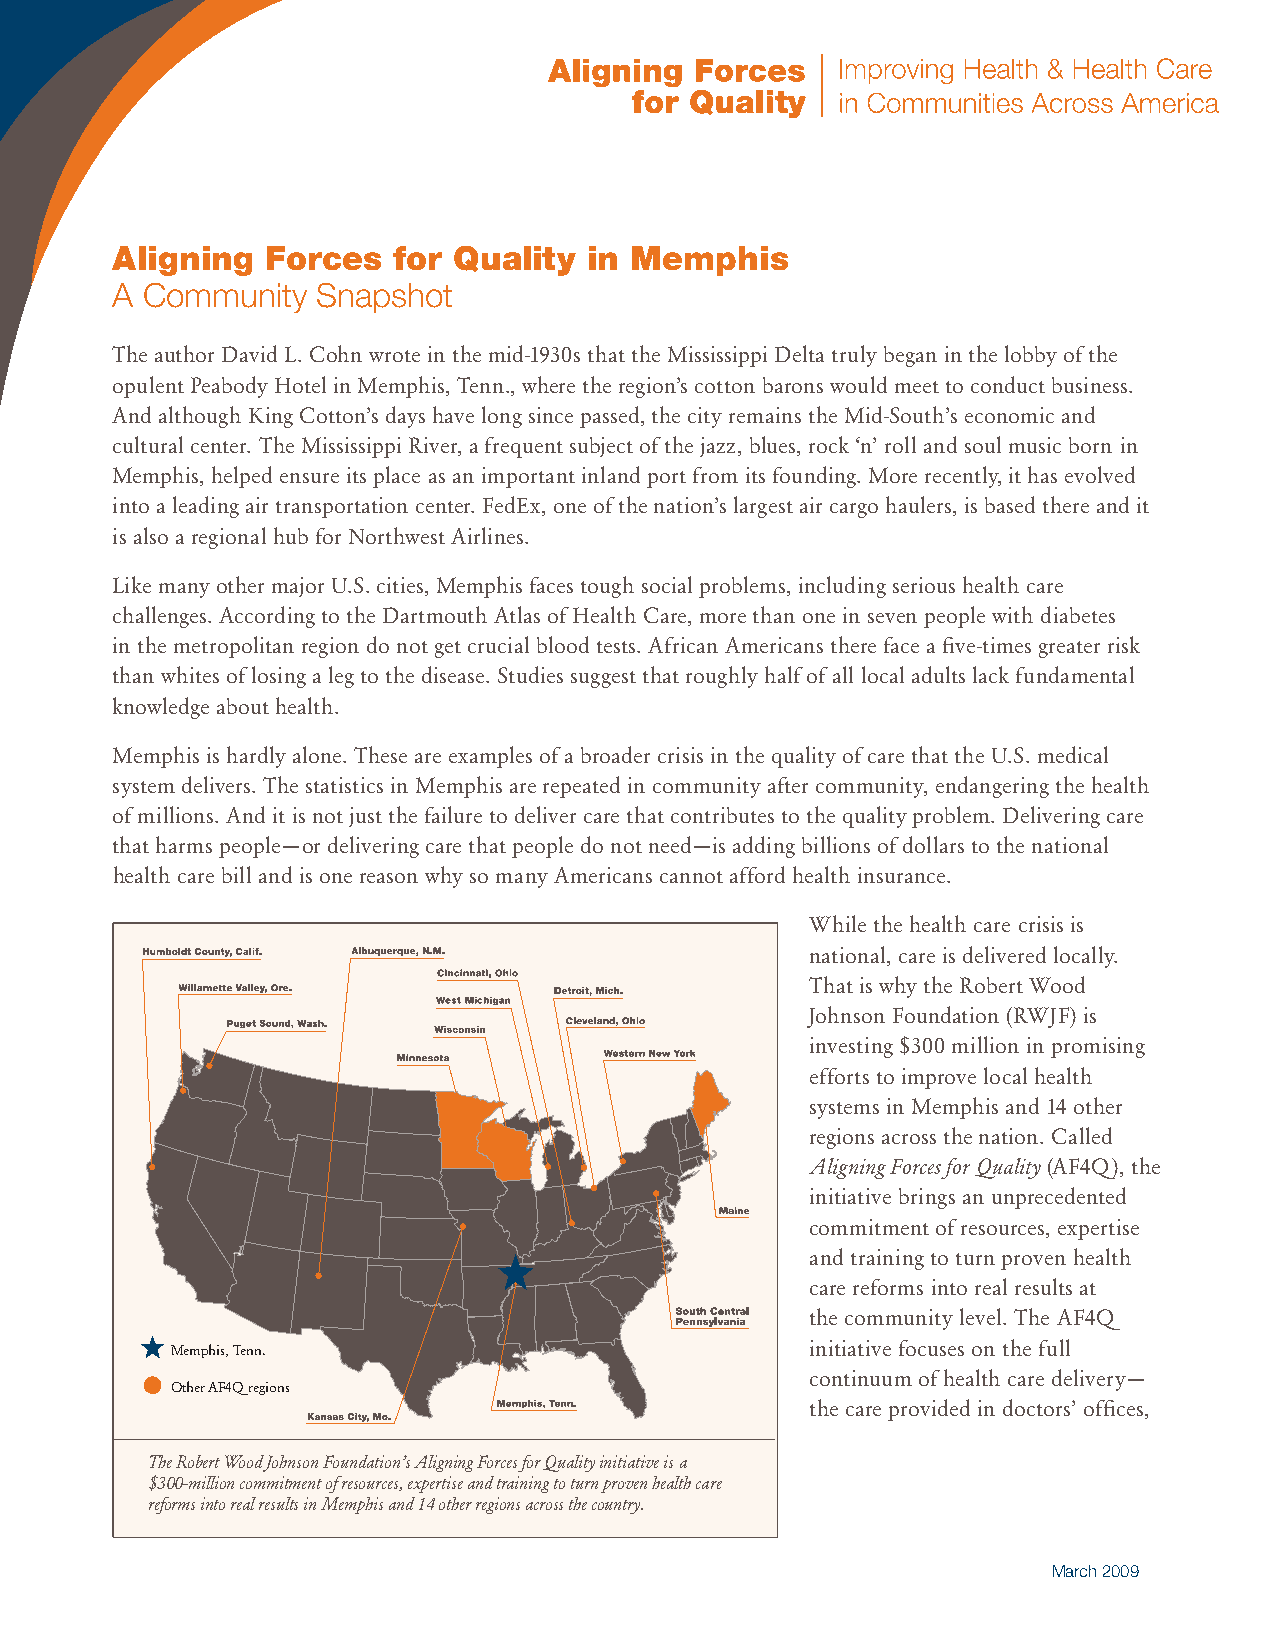
Aligning   Forces  for Quality  in Memphis
 A Community   Snapshot
 The author David L. Cohn wrote in the mid-1930s that the Mississippi Delta truly began in the lobby of the
 opulent Peabody Hotel in Memphis, Tenn., where the region’s cotton barons would meet to conduct business.
 And although King Cotton’s days have long since passed, the city remains the Mid-South’s economic and
 cultural center. The Mississippi River, a frequent subject of the jazz, blues, rock ‘n’ roll and soul music born in
 Memphis, helped ensure its place as an important inland port from its founding. More recently, it has evolved
 into a leading air transportation center. FedEx, one of the nation’s largest air cargo haulers, is based there and it
 is also a regional hub for Northwest Airlines.
 Like many other major U.S. cities, Memphis faces tough social problems, including serious health care
 challenges. According to the Dartmouth Atlas of Health Care, more than one in seven people with diabetes
 in the metropolitan region do not get crucial blood tests. African Americans there face a five-times greater risk
 than whites of losing a leg to the disease. Studies suggest that roughly half of all local adults lack fundamental
 knowledge about health.
 Memphis is hardly alone. These are examples of a broader crisis in the quality of care that the U.S. medical
 system delivers. The statistics in Memphis are repeated in community after community, endangering the health
 of millions. And it is not just the failure to deliver care that contributes to the quality problem. Delivering care
 that harms people—or delivering care that people do not need—is adding billions of dollars to the national
 health care bill and is one reason why so many Americans cannot afford health insurance.
 While the health care crisis is
 national, care is delivered locally.
 That is why the Robert Wood
 Johnson Foundation (RWJF) is
 investing $300 million in promising
 efforts to improve local health
 systems in Memphis and 14 other
 regions across the nation. Called
 Aligning Forces for Quality (AF4Q), the
 initiative brings an unprecedented
 commitment of resources, expertise
 and training to turn proven health
 care reforms into real results at
 the community level. The AF4Q
 Memphis, Tenn.                             initiative focuses on the full
 continuum of health care delivery—
 Other AF4Q regions
 the care provided in doctors’ offices,
 The Robert Wood Johnson Foundation’s Aligning Forces for Quality initiative is a
 $300-million commitment of resources, expertise and training to turn proven health care
 reforms into real results in Memphis and 14 other regions across the country.
 March 2009